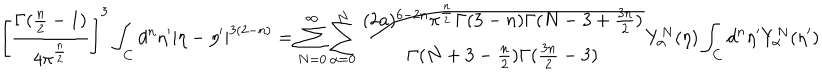
LaTeX: \left[ \frac { \Gamma ( \frac { n } { 2 } - 1 ) } { 4 \pi ^ { \frac { n } { 2 } } } \right] ^ { 3 } \int _ { C } d ^ { n } \eta ^ { \prime } | \eta - \eta ^ { \prime } | ^ { 3 ( 2 - n ) } = \sum _ { N = 0 } ^ { \infty } \sum _ { \alpha = 0 } ^ { N } \frac { ( 2 a ) ^ { 6 - 2 n } { \pi } ^ { \frac { n } { 2 } } \Gamma ( 3 - n ) \Gamma ( N - 3 + \frac { 3 n } { 2 } ) } { \Gamma ( N + 3 - \frac { n } { 2 } ) \Gamma ( \frac { 3 n } { 2 } - 3 ) } Y _ { \alpha } ^ { N } ( { \eta } ) \int _ { C } d ^ { n } \eta ^ { \prime } Y _ { \alpha } ^ { N } ( \eta ^ { \prime } )